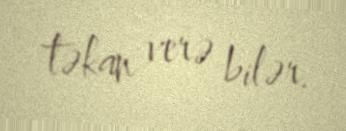
təkan verə bilər.